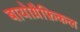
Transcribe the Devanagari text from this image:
बायोग्रैफ़िकल